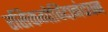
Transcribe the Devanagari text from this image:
रसिकगोविंदानंदघन